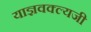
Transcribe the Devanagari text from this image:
याज्ञवक्ल्यजी